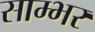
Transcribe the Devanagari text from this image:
साम्‍भर